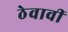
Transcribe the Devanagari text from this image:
ठेवावीं